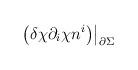
LaTeX: \begin{align*}\displaystyle \left. \left (\delta \chi \partial_{i}\chi n^{i} \right) \right|_{ \partial \Sigma }\end{align*}